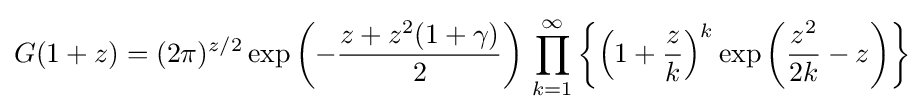
G(1+z)=(2\pi )^{z/2}\exp \left(-{\frac {z+z^{2}(1+\gamma )}{2}}\right)\,\prod _{k=1}^{\infty }\left\{\left(1+{\frac {z}{k}}\right)^{k}\exp \left({\frac {z^{2}}{2k}}-z\right)\right\}